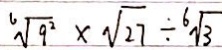
\sqrt [ 3 ] { 9 ^ { 2 } } \times \sqrt { 2 7 } \div \sqrt [ 6 ] { 3 }